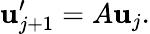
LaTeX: \mathbf{u}_{j+1}^{\prime}=A\mathbf{u}_{j}.